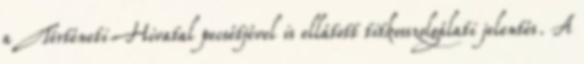
a Történeti Hivatal pecsétjével is ellátott titkosszolgálati jelen­tés. A